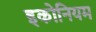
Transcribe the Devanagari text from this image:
इकोनियम